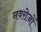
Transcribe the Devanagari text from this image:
नवरोजों